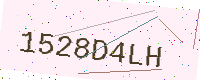
Text: 1528D4LH